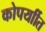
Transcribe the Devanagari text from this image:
कोपर्याीत